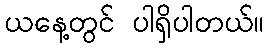
ယနေ့တွင် ပါရှိပါတယ်။